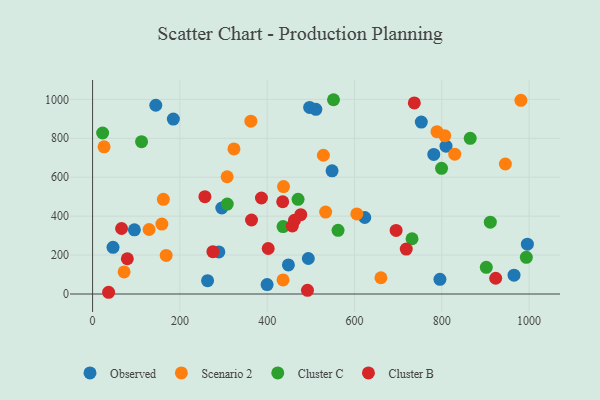
{"axis": {"x": "Price", "y": "Demand"}, "legend": ["Cluster B", "Cluster C", "Observed", "Scenario 2"], "data": [{"x": "781.6", "y": 717.1, "type": "Observed"}, {"x": "289.2", "y": 216.1, "type": "Observed"}, {"x": "809.6", "y": 759.4, "type": "Observed"}, {"x": "46.8", "y": 239.9, "type": "Observed"}, {"x": "965.4", "y": 96.8, "type": "Observed"}, {"x": "296.0", "y": 441.9, "type": "Observed"}, {"x": "263.4", "y": 68.4, "type": "Observed"}, {"x": "623.5", "y": 392.9, "type": "Observed"}, {"x": "399.8", "y": 48.7, "type": "Observed"}, {"x": "494.2", "y": 182.3, "type": "Observed"}, {"x": "795.7", "y": 75.2, "type": "Observed"}, {"x": "95.8", "y": 329.9, "type": "Observed"}, {"x": "185.0", "y": 898.8, "type": "Observed"}, {"x": "144.8", "y": 969.6, "type": "Observed"}, {"x": "497.2", "y": 958.3, "type": "Observed"}, {"x": "511.5", "y": 948.9, "type": "Observed"}, {"x": "996.0", "y": 255.9, "type": "Observed"}, {"x": "548.6", "y": 632.6, "type": "Observed"}, {"x": "448.6", "y": 149.3, "type": "Observed"}, {"x": "753.0", "y": 883.0, "type": "Observed"}, {"x": "158.7", "y": 359.3, "type": "Scenario 2"}, {"x": "533.9", "y": 420.9, "type": "Scenario 2"}, {"x": "437.4", "y": 551.9, "type": "Scenario 2"}, {"x": "660.5", "y": 83.5, "type": "Scenario 2"}, {"x": "308.2", "y": 602.4, "type": "Scenario 2"}, {"x": "945.6", "y": 667.9, "type": "Scenario 2"}, {"x": "323.8", "y": 745.2, "type": "Scenario 2"}, {"x": "168.6", "y": 198.0, "type": "Scenario 2"}, {"x": "981.2", "y": 994.8, "type": "Scenario 2"}, {"x": "605.3", "y": 411.4, "type": "Scenario 2"}, {"x": "528.7", "y": 712.9, "type": "Scenario 2"}, {"x": "829.6", "y": 718.3, "type": "Scenario 2"}, {"x": "806.7", "y": 813.5, "type": "Scenario 2"}, {"x": "26.3", "y": 756.3, "type": "Scenario 2"}, {"x": "162.1", "y": 486.6, "type": "Scenario 2"}, {"x": "436.3", "y": 72.4, "type": "Scenario 2"}, {"x": "788.9", "y": 834.1, "type": "Scenario 2"}, {"x": "129.4", "y": 331.4, "type": "Scenario 2"}, {"x": "72.2", "y": 113.6, "type": "Scenario 2"}, {"x": "362.6", "y": 887.9, "type": "Scenario 2"}, {"x": "436.3", "y": 346.3, "type": "Cluster C"}, {"x": "551.9", "y": 998.0, "type": "Cluster C"}, {"x": "470.7", "y": 486.6, "type": "Cluster C"}, {"x": "993.6", "y": 188.4, "type": "Cluster C"}, {"x": "911.1", "y": 368.8, "type": "Cluster C"}, {"x": "731.8", "y": 283.8, "type": "Cluster C"}, {"x": "23.0", "y": 827.1, "type": "Cluster C"}, {"x": "112.2", "y": 782.7, "type": "Cluster C"}, {"x": "901.9", "y": 137.3, "type": "Cluster C"}, {"x": "865.1", "y": 799.8, "type": "Cluster C"}, {"x": "562.3", "y": 327.1, "type": "Cluster C"}, {"x": "308.5", "y": 462.2, "type": "Cluster C"}, {"x": "799.4", "y": 645.5, "type": "Cluster C"}, {"x": "695.3", "y": 326.8, "type": "Cluster B"}, {"x": "66.4", "y": 336.6, "type": "Cluster B"}, {"x": "36.7", "y": 8.9, "type": "Cluster B"}, {"x": "462.5", "y": 379.0, "type": "Cluster B"}, {"x": "79.6", "y": 181.2, "type": "Cluster B"}, {"x": "257.3", "y": 499.9, "type": "Cluster B"}, {"x": "492.3", "y": 18.7, "type": "Cluster B"}, {"x": "476.9", "y": 407.7, "type": "Cluster B"}, {"x": "402.3", "y": 233.7, "type": "Cluster B"}, {"x": "737.0", "y": 981.4, "type": "Cluster B"}, {"x": "364.1", "y": 380.2, "type": "Cluster B"}, {"x": "435.5", "y": 474.0, "type": "Cluster B"}, {"x": "923.4", "y": 80.9, "type": "Cluster B"}, {"x": "457.6", "y": 349.3, "type": "Cluster B"}, {"x": "275.6", "y": 217.2, "type": "Cluster B"}, {"x": "386.8", "y": 493.2, "type": "Cluster B"}, {"x": "718.5", "y": 230.6, "type": "Cluster B"}]}